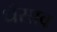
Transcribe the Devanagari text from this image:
धँसाव